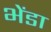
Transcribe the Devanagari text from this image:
भेंडा